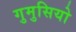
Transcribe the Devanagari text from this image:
गुमुसियो